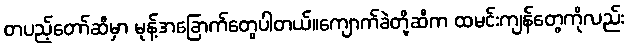
တပည့်တော်ဆီမှာ မုန့်အခြောက်တွေပါတယ်။ကျောက်ခဲတို့ဆီက ထမင်းကျန်တွေကိုလည်း